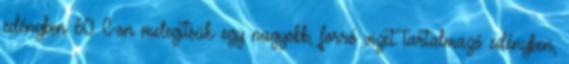
edényben 60°C-on melegítsük egy nagyobb, forró vizet tartalmazó edényben,